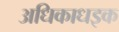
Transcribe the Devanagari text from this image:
अधिकाधइक